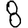
Digit: 8